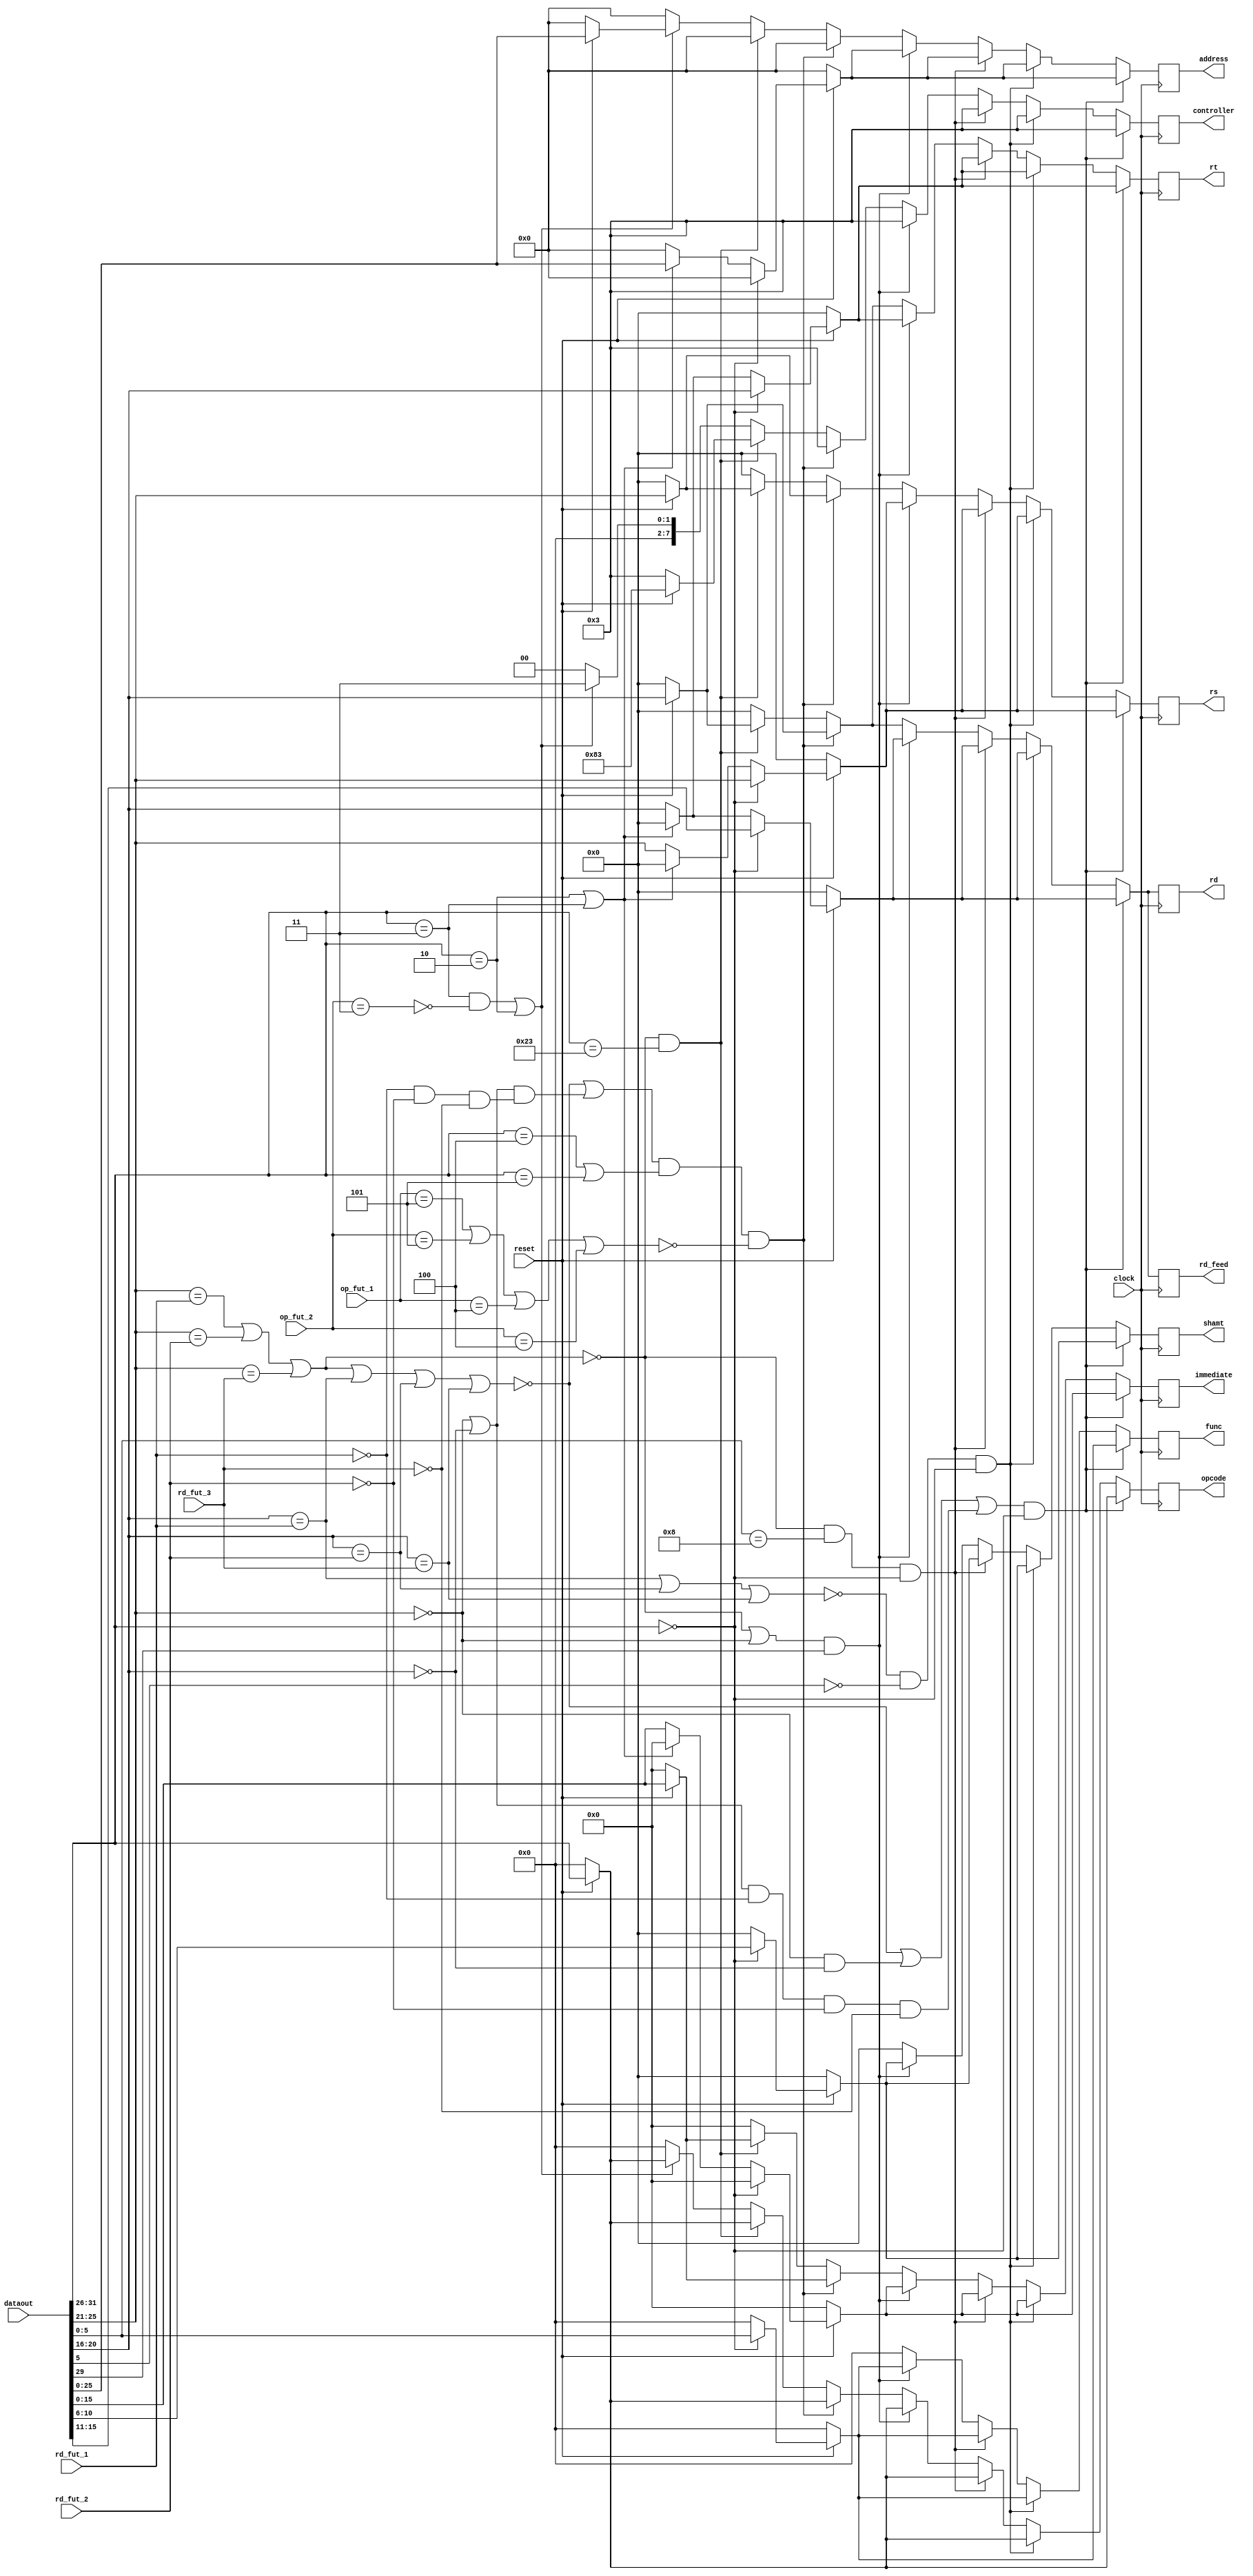
//Module to write to IF_ID

module writeIF_ID(
	input wire reset,
	input wire [31:0] dataout,
	input wire clock,
	input wire [4:0] rd_fut_1,
	input wire [4:0] rd_fut_2,
	input wire [4:0] rd_fut_3,
	input wire [5:0] op_fut_1,
	input wire [5:0] op_fut_2,
	output reg [5:0] opcode,
	output reg [4:0] rs,
	output reg [4:0] rt,
	output reg [4:0] rd,
	output reg [4:0] rd_feed,
	output reg [7:0] controller,
	output reg [5:0] func,
	output reg [4:0] shamt,
	output reg [15:0] immediate,
	output reg [25:0] address);
	
	always @(posedge clock) begin
		controller[7:0] <= 8'b00000011;
		
		//Basic adds, subs, etc
		if((!((dataout[25:21] == rd_fut_1[4:0]) || (dataout[25:21] == rd_fut_2[4:0]) || (dataout[25:21] == rd_fut_3[4:0]) || (dataout[20:16] == rd_fut_1[4:0]) || (dataout[20:16] == rd_fut_2[4:0]) ||(dataout[20:16] == rd_fut_3[4:0])) || ((dataout[25:21] == 0) && (dataout[20:16] == 0)) || (((dataout[25:21] == 0 || dataout[20:16] == 0) && (rd_fut_1[4:0] == 0) && (rd_fut_2[4:0] == 0) && (rd_fut_3[4:0] == 0)))) && (dataout[31:26] == 6'b000000)) begin
			if(!reset) begin
				rs[4:0] <= 5'b0;
				rt[4:0] <= 5'b0;
				rd[4:0] <= 5'b0;
				rd_feed[4:0] <= 5'b0;
				func[5:0] <= 6'b0;
				opcode[5:0] <= 6'b0;
				shamt[4:0] <= 5'b0;
				immediate[15:0] <= 16'b0;
				address[25:0] <= 26'b0;
			end else begin
				//Opcode = R Type instruction
				if(dataout[31:26] == 6'b000000) begin
					controller[7:0] <= 8'b00000011;
					rd[4:0] <= dataout[15:11];
					rd_feed[4:0] <= dataout[15:11];
					func[5:0] <= dataout[5:0];
					shamt[4:0] <= dataout[10:6];
					rs[4:0] <= dataout[25:21];
					rt[4:0] <= dataout[20:16];
					immediate[15:0] <= 16'b0;
					address[25:0] <= 26'b0;
				//Opcode = J-Type instruction
				end else if (dataout[31:26] == 6'b000010 || dataout[31:26] == 6'b000011) begin
					controller[7:0] <= 8'b00000011;
					rd[4:0] <= 5'b0;
					rd_feed[4:0] <= 5'b0;
					func[5:0] <= 6'b0;
					shamt[4:0] <= 5'b0;
					rs[4:0] <= 5'b0;
					rt[4:0] <= 5'b0;
					immediate[15:0] <= 16'b0;
					address[25:0] <= dataout[25:0];
				//Opcode = I-type instruction
				end else begin
					controller[7:0] <= 8'b00000011;
					rd[4:0] <= dataout[20:16];
					rd_feed[4:0] <= dataout[20:16];
					func[5:0] <= 0;
					shamt[4:0] <= 0;
					rs[4:0] <= dataout[25:21];
					rt[4:0] <= dataout[20:16];
					immediate[15:0] <= dataout[15:0];
					address[25:0] <= 0;
				end
				opcode[5:0] <= dataout[31:26];
			end
		//Shift case
		end else if(!((dataout[20:16] == rd_fut_1[4:0]) || (dataout[20:16] == rd_fut_2[4:0]) ||(dataout[20:16] == rd_fut_3[4:0])) && (dataout[5] == 0) && (dataout[31:26] == 6'b000000)) begin
			if(!reset) begin
				rs[4:0] <= 5'b0;
				rt[4:0] <= 5'b0;
				rd[4:0] <= 5'b0;
				rd_feed[4:0] <= 5'b0;
				func[5:0] <= 6'b0;
				opcode[5:0] <= 6'b0;
				shamt[4:0] <= 5'b0;
				immediate[15:0] <= 16'b0;
				address[25:0] <= 26'b0;
			end else begin
				//Opcode = R Type instruction
				if(dataout[31:26] == 6'b000000) begin
					controller[7:0] <= 8'b00000011;
					rd[4:0] <= dataout[15:11];
					rd_feed[4:0] <= dataout[15:11];
					func[5:0] <= dataout[5:0];
					shamt[4:0] <= dataout[10:6];
					rs[4:0] <= dataout[25:21];
					rt[4:0] <= dataout[20:16];
					immediate[15:0] <= 16'b0;
					address[25:0] <= 26'b0;
				//Opcode = J-Type instruction
				end else if (dataout[31:26] == 6'b000010 || dataout[31:26] == 6'b000011) begin
					controller[7:0] <= 8'b00000011;
					rd[4:0] <= 5'b0;
					rd_feed[4:0] <= 5'b0;
					func[5:0] <= 6'b0;
					shamt[4:0] <= 5'b0;
					rs[4:0] <= 5'b0;
					rt[4:0] <= 5'b0;
					immediate[15:0] <= 16'b0;
					address[25:0] <= dataout[25:0];
				//Opcode = I-type instruction
				end else begin
					controller[7:0] <= 8'b00000011;
					rd[4:0] <= dataout[20:16];
					rd_feed[4:0] <= dataout[20:16];
					func[5:0] <= 0;
					shamt[4:0] <= 0;
					rs[4:0] <= dataout[25:21];
					rt[4:0] <= dataout[20:16];
					immediate[15:0] <= dataout[15:0];
					address[25:0] <= 0;
				end
				opcode[5:0] <= dataout[31:26];
			end
		//Jump register (jr) case
		end else if(!((dataout[25:21] == rd_fut_1[4:0]) || (dataout[25:21] == rd_fut_2[4:0]) ||(dataout[25:21] == rd_fut_3[4:0])) && (dataout[5:0] == 6'b001000) && (dataout[31:26] == 6'b000000)) begin
			if(!reset) begin
				rs[4:0] <= 5'b0;
				rt[4:0] <= 5'b0;
				rd[4:0] <= 5'b0;
				rd_feed[4:0] <= 5'b0;
				func[5:0] <= 6'b0;
				opcode[5:0] <= 6'b0;
				shamt[4:0] <= 5'b0;
				immediate[15:0] <= 16'b0;
				address[25:0] <= 26'b0;
			end else begin
				//Opcode = R Type instruction
				if(dataout[31:26] == 6'b000000) begin
					controller[7:0] <= 8'b00000011;
					rd[4:0] <= dataout[15:11];
					rd_feed[4:0] <= dataout[15:11];
					func[5:0] <= dataout[5:0];
					shamt[4:0] <= dataout[10:6];
					rs[4:0] <= dataout[25:21];
					rt[4:0] <= dataout[20:16];
					immediate[15:0] <= 16'b0;
					address[25:0] <= 26'b0;
				//Opcode = J-Type instruction
				end else if (dataout[31:26] == 6'b000010 || dataout[31:26] == 6'b000011) begin
					controller[7:0] <= 8'b00000011;
					rd[4:0] <= 5'b0;
					rd_feed[4:0] <= 5'b0;
					func[5:0] <= 6'b0;
					shamt[4:0] <= 5'b0;
					rs[4:0] <= 5'b0;
					rt[4:0] <= 5'b0;
					immediate[15:0] <= 16'b0;
					address[25:0] <= dataout[25:0];
				//Opcode = I-type instruction
				end else begin
					controller[7:0] <= 8'b00000011;
					rd[4:0] <= dataout[20:16];
					rd_feed[4:0] <= dataout[20:16];
					func[5:0] <= 0;
					shamt[4:0] <= 0;
					rs[4:0] <= dataout[25:21];
					rt[4:0] <= dataout[20:16];
					immediate[15:0] <= dataout[15:0];
					address[25:0] <= 0;
				end
				opcode[5:0] <= dataout[31:26];
			end
		//I-Types (immediates)
		end else if((!((dataout[25:21] == rd_fut_1[4:0]) || (dataout[25:21] == rd_fut_2[4:0]) ||(dataout[25:21] == rd_fut_3[4:0])) || (dataout[25:21] == 0 )) && ((dataout[29] == 1))) begin
			if(!reset) begin
				rs[4:0] <= 5'b0;
				rt[4:0] <= 5'b0;
				rd[4:0] <= 5'b0;
				rd_feed[4:0] <= 5'b0;
				func[5:0] <= 6'b0;
				opcode[5:0] <= 6'b0;
				shamt[4:0] <= 5'b0;
				immediate[15:0] <= 16'b0;
				address[25:0] <= 26'b0;
			end else begin
				//Opcode = R Type instruction
				if(dataout[31:26] == 6'b000000) begin
					controller[7:0] <= 8'b00000011;
					rd[4:0] <= dataout[15:11];
					rd_feed[4:0] <= dataout[15:11];
					func[5:0] <= dataout[5:0];
					shamt[4:0] <= dataout[10:6];
					rs[4:0] <= dataout[25:21];
					rt[4:0] <= dataout[20:16];
					immediate[15:0] <= 16'b0;
					address[25:0] <= 26'b0;
				//Opcode = J-Type instruction
				end else if (dataout[31:26] == 6'b000010 || dataout[31:26] == 6'b000011) begin
					controller[7:0] <= 8'b00000011;
					rd[4:0] <= 5'b0;
					rd_feed[4:0] <= 5'b0;
					func[5:0] <= 6'b0;
					shamt[4:0] <= 5'b0;
					rs[4:0] <= 5'b0;
					rt[4:0] <= 5'b0;
					immediate[15:0] <= 16'b0;
					address[25:0] <= dataout[25:0];
				//Opcode = I-type instruction
				end else begin
					controller[7:0] <= 8'b00000011;
					rd[4:0] <= dataout[20:16];
					rd_feed[4:0] <= dataout[20:16];
					func[5:0] <= 0;
					shamt[4:0] <= 0;
					rs[4:0] <= dataout[25:21];
					rt[4:0] <= dataout[20:16];
					immediate[15:0] <= dataout[15:0];
					address[25:0] <= 0;
				end
				opcode[5:0] <= dataout[31:26];
			end
		// BEQ and BNE
		end else if((!((dataout[25:21] == rd_fut_1[4:0]) || (dataout[25:21] == rd_fut_2[4:0]) ||(dataout[25:21] == rd_fut_3[4:0]) || (dataout[20:16] == rd_fut_1[4:0]) || (dataout[20:16] == rd_fut_2[4:0]) || (dataout[20:16] == rd_fut_3[4:0])) || (((dataout[25:21] == 0) || (dataout[20:16] == 0)) && (rd_fut_1[4:0] == 0 && rd_fut_2[4:0] == 0 && rd_fut_3[4:0] == 0))) && ((dataout[31:26] == 6'b000100) || (dataout[31:26] == 6'b000101)) && (!((op_fut_1[5:0] == 6'b000101) || (op_fut_2[5:0] == 6'b000101) || (op_fut_1[5:0] == 6'b000100) || (op_fut_2[5:0] == 6'b000100)))) begin
			if(!reset) begin
				rs[4:0] <= 5'b0;
				rt[4:0] <= 5'b0;
				rd[4:0] <= 5'b0;
				rd_feed[4:0] <= 5'b0;
				func[5:0] <= 6'b0;
				opcode[5:0] <= 6'b0;
				shamt[4:0] <= 5'b0;
				immediate[15:0] <= 16'b0;
				address[25:0] <= 26'b0;
			end else begin
				controller[7:0] <= 8'b00000011;
				rd[4:0] <= dataout[20:16];
				rd_feed[4:0] <= dataout[20:16];
				func[5:0] <= 0;
				shamt[4:0] <= 0;
				rs[4:0] <= dataout[25:21];
				rt[4:0] <= dataout[20:16];
				immediate[15:0] <= dataout[15:0];
				address[25:0] <= 0;
				opcode[5:0] <= dataout[31:26];
			end
		// Load word
		end else if((!((dataout[25:21] == rd_fut_1[4:0]) || (dataout[25:21] == rd_fut_2[4:0]) || (dataout[25:21] == rd_fut_3[4:0]))) && (dataout[31:26] == 6'b100011)) begin
			if(!reset) begin
				rs[4:0] <= 5'b0;
				rt[4:0] <= 5'b0;
				rd[4:0] <= 5'b0;
				rd_feed[4:0] <= 5'b0;
				func[5:0] <= 6'b0;
				opcode[5:0] <= 6'b0;
				shamt[4:0] <= 5'b0;
				immediate[15:0] <= 16'b0;
				address[25:0] <= 26'b0;
			end else begin
				controller[7:0] <= 8'b10000011;
				rd[4:0] <= dataout[20:16];
				rd_feed[4:0] <= dataout[20:16];
				func[5:0] <= 0;
				shamt[4:0] <= 0;
				rs[4:0] <= dataout[25:21];
				rt[4:0] <= dataout[20:16];
				immediate[15:0] <= dataout[15:0];
				address[25:0] <= 0;
				opcode[5:0] <= dataout[31:26];
			end
		// JAL or J
		end else if((((dataout[31:26] == 6'b000011) && (!((op_fut_2[5:0] == 6'b000011)))) || (dataout[31:26] == 6'b000010))) begin
			if(!reset) begin
				rs[4:0] <= 5'b0;
				rt[4:0] <= 5'b0;
				rd[4:0] <= 5'b0;
				rd_feed[4:0] <= 5'b0;
				func[5:0] <= 6'b0;
				opcode[5:0] <= 6'b0;
				shamt[4:0] <= 5'b0;
				immediate[15:0] <= 16'b0;
				address[25:0] <= 26'b0;
			end else begin
				controller[7:0] <= 8'b00000011;
				rd[4:0] <= 5'b0;
				rd_feed[4:0] <= 5'b0;
				func[5:0] <= 6'b0;
				shamt[4:0] <= 5'b0;
				rs[4:0] <= 5'b0;
				rt[4:0] <= 5'b0;
				immediate[15:0] <= 16'b0;
				address[25:0] <= dataout[25:0];
				opcode[5:0] <= dataout[31:26];
			end
		//Essentially stall
		end else begin
			rs[4:0] <= 5'b0;
			rt[4:0] <= 5'b0;
			rd[4:0] <= 5'b0;
			rd_feed[4:0] <= 5'b0;
			func[5:0] <= 6'b0;
			opcode[5:0] <= 6'b0;
			controller[7:0] <= 8'b00000000;
			shamt[4:0] <= 5'b0;
			immediate[15:0] <= 16'b0;
			address[25:0] <= 26'b0;
		end
	end
	
endmodule